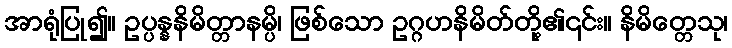
အာရုံပြု၍။ ဥပ္ပန္နနိမိတ္တာနမ္ပိ၊ ဖြစ်သော ဥဂ္ဂဟနိမိတ်တို့၏၎င်း။ နိမိတ္တေသု၊